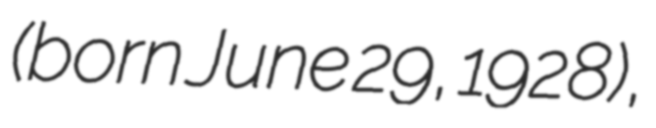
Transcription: (born June 29, 1928),